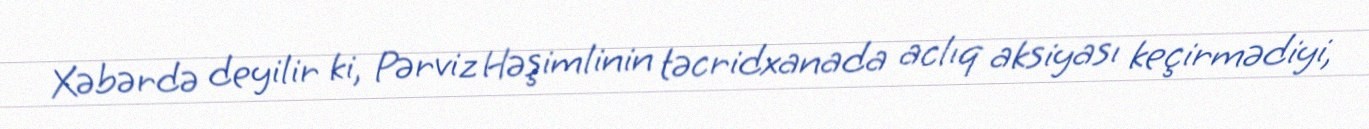
Xəbərdə deyilir ki, Pərviz Həşimlinin təcridxanada aclıq aksiyası keçirmədiyi,